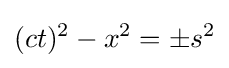
(ct)^{2}-x^{2}=\pm s^{2}